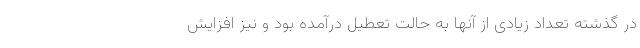
در گذشته تعداد زیادی از آنها به حالت تعطیل درآمده بود و نیز افزایش